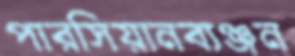
পারসিয়ানব্যঞ্জন